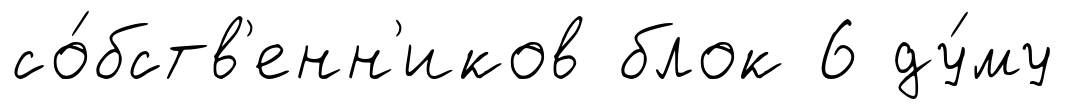
со́бств'енн'иков блок 6 ду́му